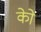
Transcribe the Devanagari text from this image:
कोे